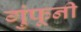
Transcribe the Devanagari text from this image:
गुंफूनी